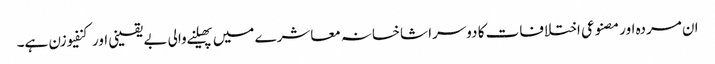
ان مردہ اور مصنوعی اختلافات کا دوسرا شاخسانہ معاشرے میں پھیلنے والی بے یقینی اور کنفیوزن ہے۔